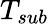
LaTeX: T_{sub}